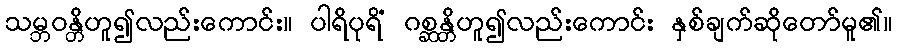
သမ္ဘဝန္တိဟူ၍လည်းကောင်း။ ပါရိပုရိံ ဂစ္ဆန္တိဟူ၍လည်းကောင်း နှစ်ချက်ဆိုတော်မူ၏။